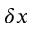
\delta x